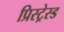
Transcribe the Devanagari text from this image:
प्रिस्ट्रेस्ड